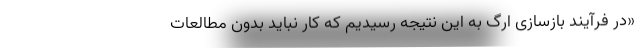
«در فرآیند بازسازی ارگ به این نتیجه رسیدیم که کار نباید بدون مطالعات